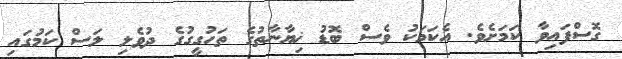
ގޮސްފައިވާ ކަމަށެވެ. އެކަމަކު ވެސް ބޮޑު ޚިޔާނާތުގެ ތަހުގީގުގެ ދުވެލި ލަސް ކަމުގައި